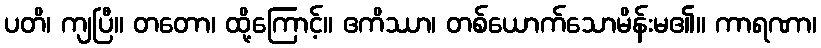
ပတိ၊ ကျပြီ။ တတော၊ ထို့ကြောင့်။ ဧကိဿာ၊ တစ်ယောက်သောမိန်းမ၏။ ကာရဏာ၊